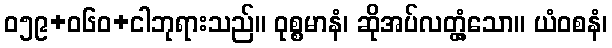
ဝ၅၉+၀၆ဝ+ငါဘုရားသည်။ ဝုစ္စမာနံ၊ ဆိုအပ်လတ္တံ့သော။ ယံဝစနံ၊